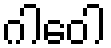
ဂါဝေါ